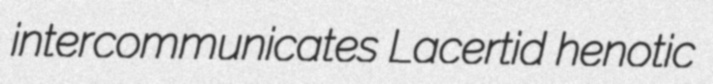
intercommunicates Lacertid henotic